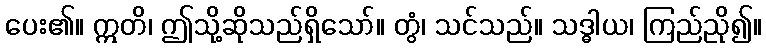
ပေး၏။ ဣတိ၊ ဤသို့ဆိုသည်ရှိသော်။ တွံ၊ သင်သည်။ သဒ္ဓါယ၊ ကြည်ညို၍။